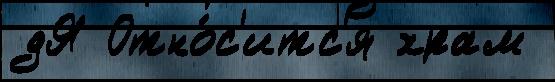
дЯ Отно́с'итс'я храм